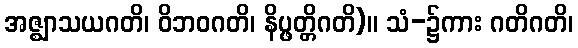
အဇ္ဈာသယဂတိ၊ ဝိဘဝဂတိ၊ နိပ္ဖတ္တိဂတိ)။ သံ-၌ကား ဂတိဂတိ၊